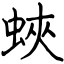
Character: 蛺